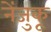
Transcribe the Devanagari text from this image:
नेंजुकू